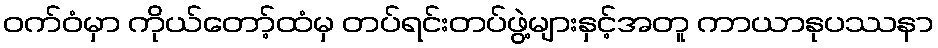
ဝက်ဝံမှာ ကိုယ်တော့်ထံမှ တပ်ရင်းတပ်ဖွဲ့များနှင့်အတူ ကာယာနုပဿနာ